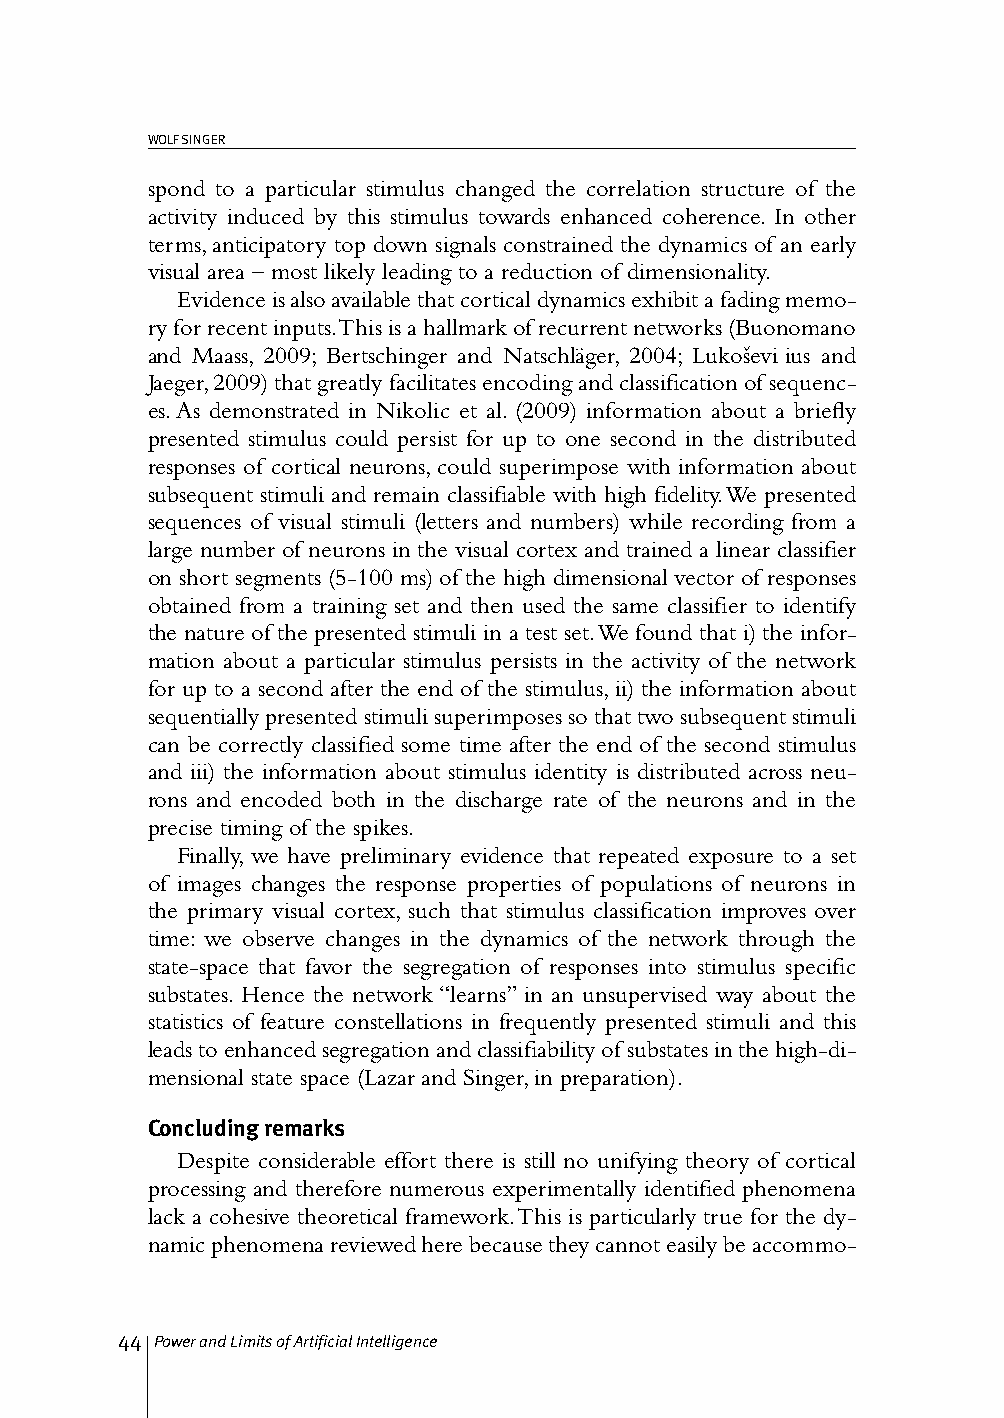
WOLF SINGER
 spond to a particular stimulus changed the correlation structure of the
 activity induced by this stimulus towards enhanced coherence. In other
 terms, anticipatory top down signals constrained the dynamics of an early
 visual area – most likely leading to a reduction of dimensionality.
 Evidence is also available that cortical dynamics exhibit a fading memo-
 ry for recent inputs. This is a hallmark of recurrent networks (Buonomano
 and Maass, 2009; Bertschinger and Natschläger, 2004; Lukoševičius and
 Jaeger, 2009) that greatly facilitates encoding and classification of sequenc-
 es. As demonstrated in Nikolic et al. (2009) information about a briefly
 presented stimulus could persist for up to one second in the distributed
 responses of cortical neurons, could superimpose with information about
 subsequent stimuli and remain classifiable with high fidelity. We presented
 sequences of visual stimuli (letters and numbers) while recording from a
 large number of neurons in the visual cortex and trained a linear classifier
 on short segments (5-100 ms) of the high dimensional vector of responses
 obtained from a training set and then used the same classifier to identify
 the nature of the presented stimuli in a test set. We found that i) the infor-
 mation about a particular stimulus persists in the activity of the network
 for up to a second after the end of the stimulus, ii) the information about
 sequentially presented stimuli superimposes so that two subsequent stimuli
 can be correctly classified some time after the end of the second stimulus
 and iii) the information about stimulus identity is distributed across neu-
 rons and encoded both in the discharge rate of the neurons and in the
 precise timing of the spikes.
 Finally, we have preliminary evidence that repeated exposure to a set
 of images changes the response properties of populations of neurons in
 the primary visual cortex, such that stimulus classification improves over
 time: we observe changes in the dynamics of the network through the
 state-space that favor the segregation of responses into stimulus specific
 substates. Hence the network “learns” in an unsupervised way about the
 statistics of feature constellations in frequently presented stimuli and this
 leads to enhanced segregation and classifiability of substates in the high-di-
 mensional state space (Lazar and Singer, in preparation).
 Concluding remarks
 Despite considerable effort there is still no unifying theory of cortical
 processing and therefore numerous experimentally identified phenomena
 lack a cohesive theoretical framework. This is particularly true for the dy-
 namic phenomena reviewed here because they cannot easily be accommo-
 44 Power and Limits of Artificial Intelligence